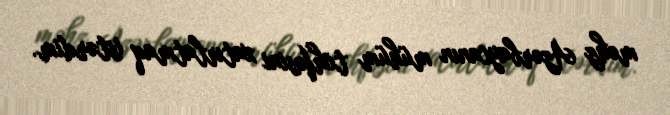
məhz Azərbaycanın mühüm töhfəsini xatırlatmaq istərdim.